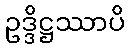
ဥဒ္ဒိဋ္ဌဿာပိ